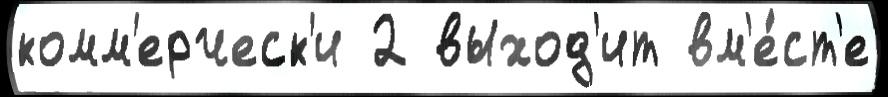
комм'ерческ'и 2 выход'ит вм'е́ст'е